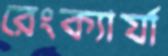
রেংক্যার্যা